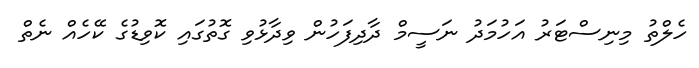
ހެލްތު މިނިސްޓަރު އަހުމަދު ނަސީމް ދާދިފަހުން ވިދާޅުވި ގޮތުގައި ކޮވިޑުގެ ކޭހެއް ނެތް